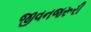
જીવનજરૂરી